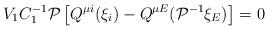
LaTeX: \begin{align*}V_1C_1^{-1}{\cal P}\left[ Q^{\mu i}(\xi _i)-Q^{\mu E}({\cal P}^{-1}\xi _E)\right] =0\end{align*}